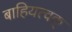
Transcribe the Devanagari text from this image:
बाहियत्वक्‌